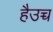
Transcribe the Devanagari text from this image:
हैउच्च